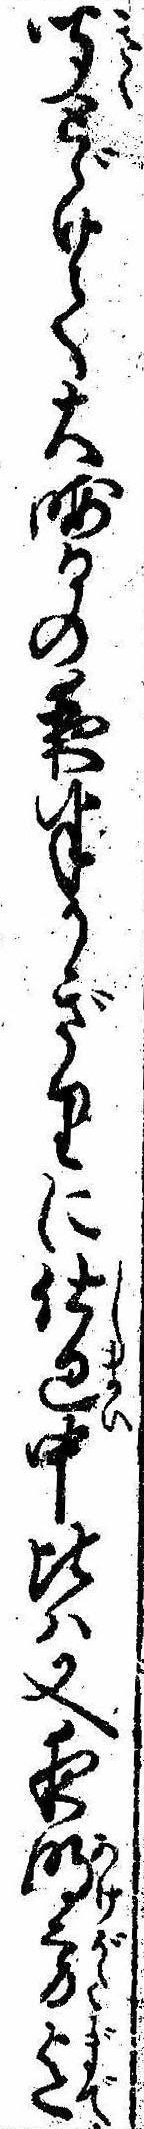
聞とゞけて大晦日の夜半かぎりに仕廻中比は又夜明方迄